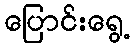
ပြောင်းရွေ့